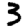
Digit: 3